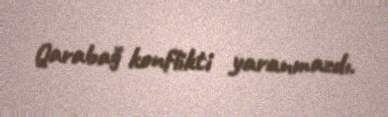
Qarabağ konflikti yaranmazdı.